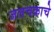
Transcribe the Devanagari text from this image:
जलचक्राचे